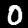
Label: 0